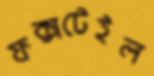
ফক্সটেইল